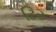
ટિર